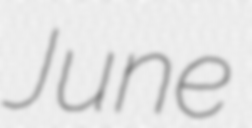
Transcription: June